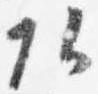
頭